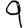
Digit: 9